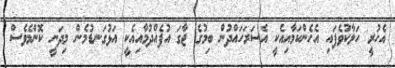
އެހުރީ ހަލާކުވެފައި އެހެންކަމާއިއެކީ އެސަރަހައްދުން ބިމުގެ ޖާގަ އުފެއްދުމާއިއެކީ އަޅުގަނޑުމެން މިދަނީ ކޮންމެވެސް